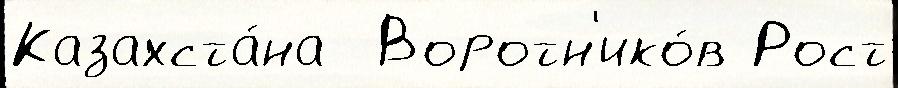
Казахста́на  Воротн'ико́в Рост